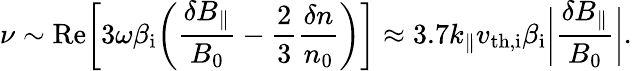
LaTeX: \nu\sim\mathrm{Re}\biggl[3\omega\beta_{\mathrm{i}}\biggl(\frac{\delta B_{\parallel}}{B_{0}}-\frac{2}{3}\frac{\delta n}{n_{0}}\biggr)\biggr]\approx 3.7k_{\parallel}v_{\mathrm{th,i}}\beta_{\mathrm{i}}\biggl|\frac{\delta B_{\parallel}}{B_{0}}\biggr|.